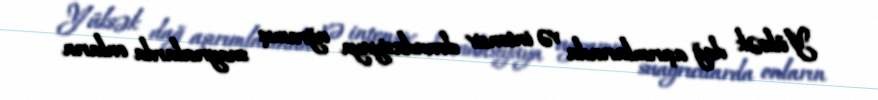
Yüksək dağ aşırımlarında və intensiv denudasiyaya uğramış suayrıcılarda onların